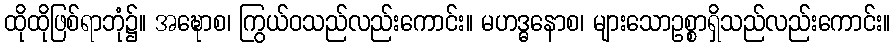
ထိုထိုဖြစ်ရာဘုံ၌။ အဍ္ဎောစ၊ ကြွယ်ဝသည်လည်းကောင်း။ မဟဒ္ဓနောစ၊ များသောဥစ္စာရှိသည်လည်းကောင်း။